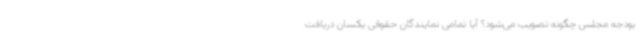
بودجه مجلس چگونه تصویب می‌شود؟ آیا تمامی نمایندگان حقوقی یکسان دریافت